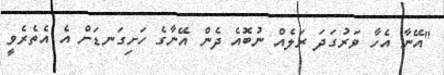
"އޭނާ އެހާ ވަރުގަދަ ރަލެއް ނުުބޮއެ ދެން އޭނާގެ ހަށިގަނޑަށް އެ އެތެރެވީ